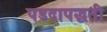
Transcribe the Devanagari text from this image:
पडदापद्धती